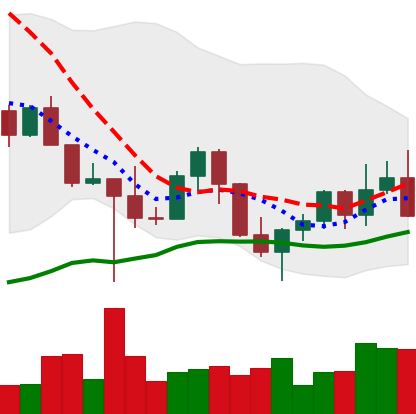
Ticker: LINK-USD
Chart end date: 2022-10-27
Forward return: 11.377%
Label: up_7plus